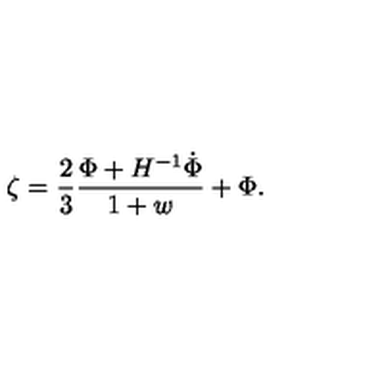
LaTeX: \zeta = { \frac { 2 } { 3 } } { \frac { \Phi + H ^ { - 1 } { \dot { \Phi } } } { 1 + w } } + \Phi .